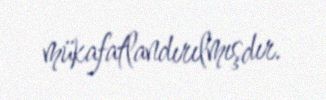
mükafatlandırılmışdır.